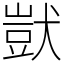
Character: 獃